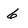
Character: 6